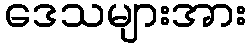
ဒေသများအား